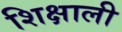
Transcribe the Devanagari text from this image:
शिक्षाली